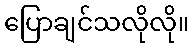
ပြောချင်သလိုလို။